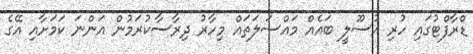
ޑްރާފްޓުގައި ހުރި އުސޫލީ ބައެއް މައްސަލަތައް މިހާރު ދިރާސާކުރަމުން އަންނަ ކަމަށާއި އޭގެ